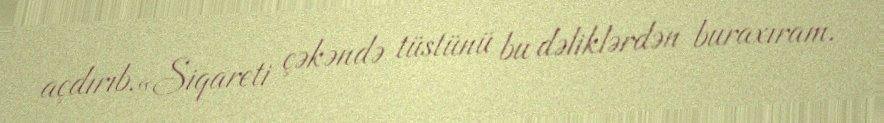
açdırıb.«Siqareti çəkəndə tüstünü bu dəliklərdən buraxıram.